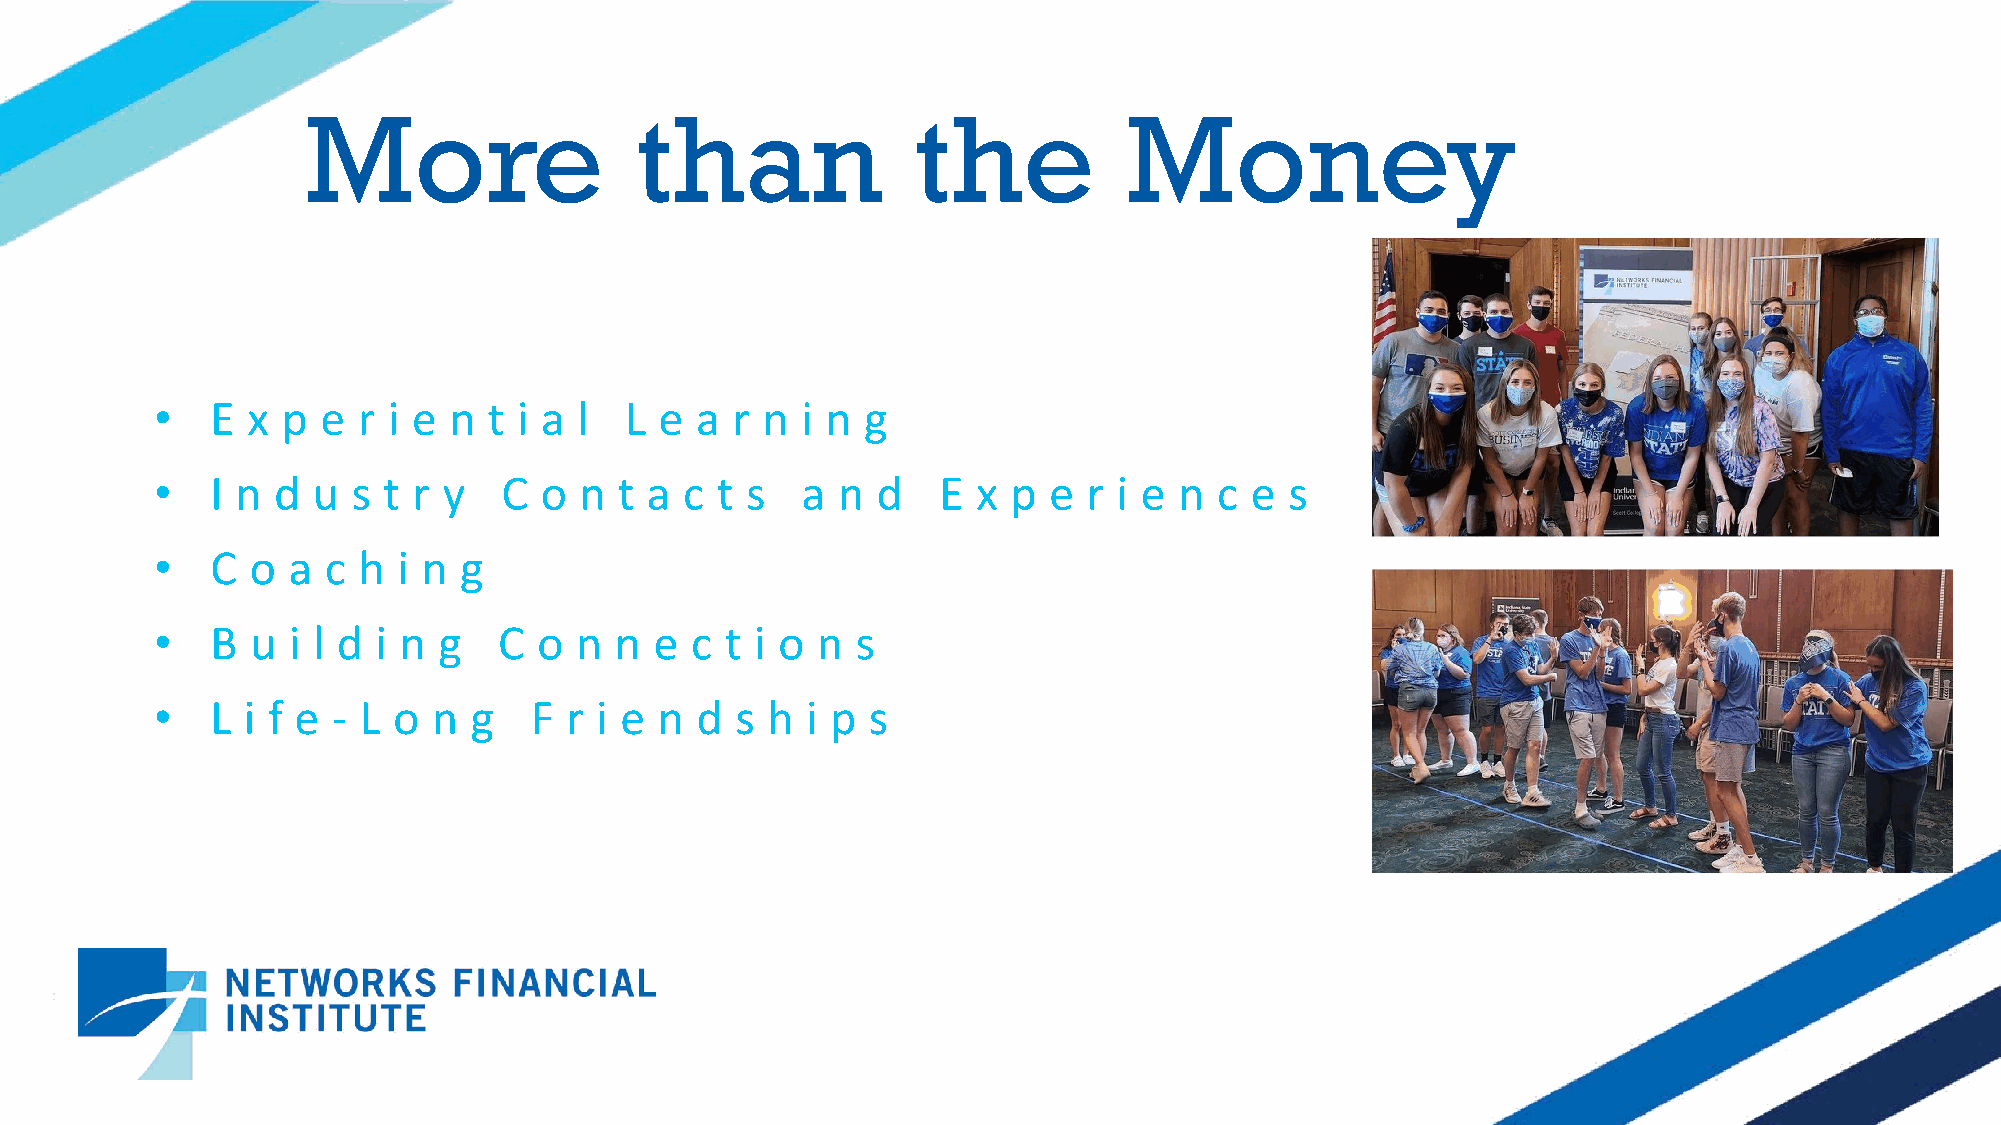
More                  than              the           Money
 •   E x  p e  r i e n t i a l  L  e a r n  i n g
 •   I n d  u s t r y   C  o n  t a c t s   a n  d   E  x p e  r i e n  c e s
 •   C  o a c  h i n g
 •   B  u i l d i n g   C  o n  n e  c t i o n  s
 •   L i f e - L o  n g   F r i e  n d  s h i p s